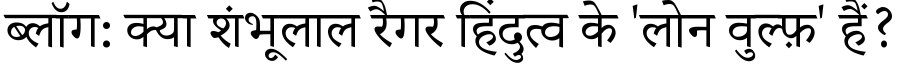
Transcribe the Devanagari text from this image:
ब्लॉग: क्या शंभूलाल रैगर हिंदुत्व के 'लोन वुल्फ़' हैं?